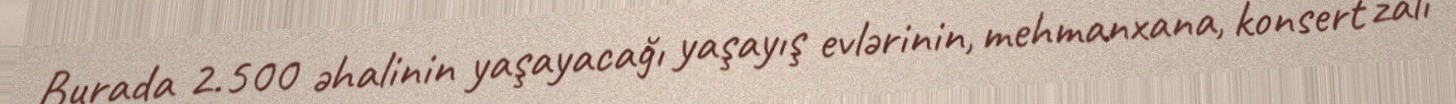
Burada 2.500 əhalinin yaşayacağı yaşayış evlərinin, mehmanxana, konsert zalı